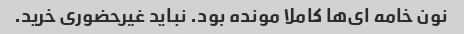
نون خامه ای‌ها کاملا مونده بود. نباید غیرحضوری خرید.